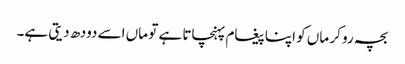
بچہ رو کر ماں کو اپنا پیغام پہنچاتا ہے تو ماں اسے دودھ دیتی ہے۔